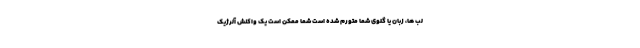
لب ها، زبان یا گلوی شما متورم شده است شما ممکن است یک واکنش آلرژیک